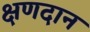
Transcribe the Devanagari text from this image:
क्षणदान